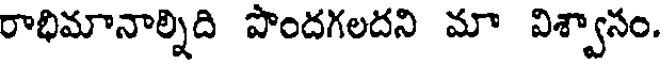
రాభిమానాల్నిది పొందగలదని మా విశ్వాసం.